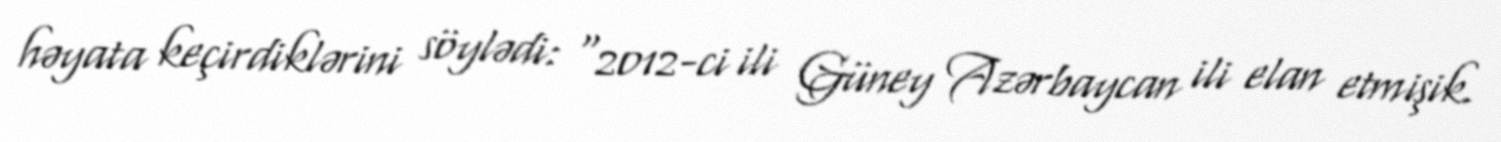
həyata keçirdiklərini söylədi: “2012-ci ili Güney Azərbaycan ili elan etmişik.